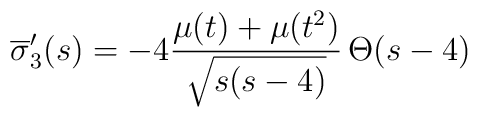
\overline{\sigma}^\prime_{3}(s)=-4\frac{\mu(t)+\mu(t^2)}{\sqrt{s(s-4)}}\,\Theta(s-4)